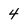
Character: 4